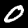
Label: 0